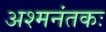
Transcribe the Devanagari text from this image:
अश्‍मनंतकः